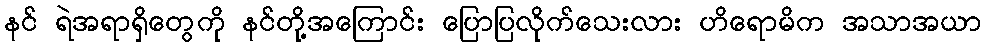
နင် ရဲအရာရှိတွေကို နင်တို့အကြောင်း ပြောပြလိုက်သေးလား ဟိရောမိက အသာအယာ